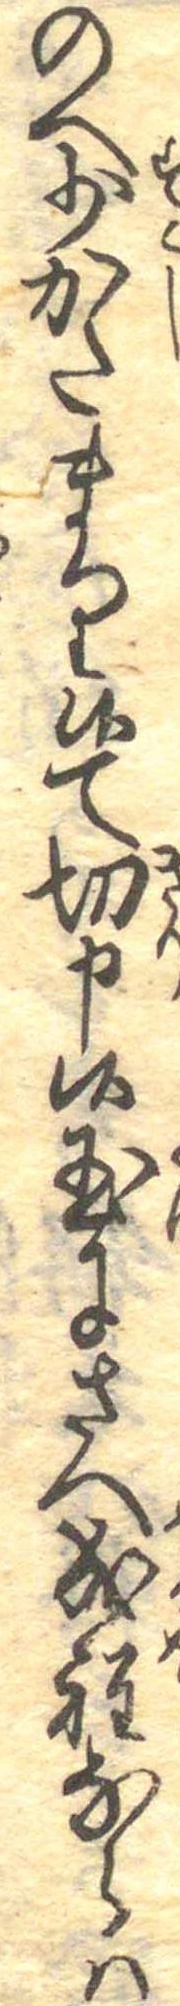
のへ少かたまり候て切申候玉にさへ成程ならは